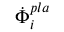
\dot { \Phi } _ { i } ^ { p l a }